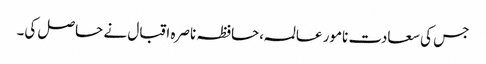
جس کی سعادت نامور عالمہ،حافظہ ناصرہ اقبال نے حاصل کی۔